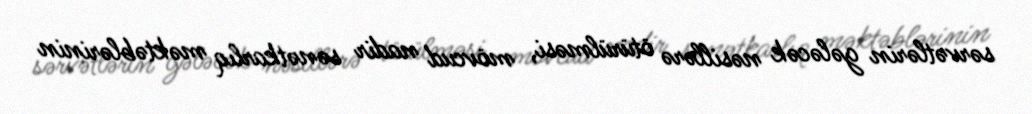
sərvətlərin gələcək nəsillərə ötürülməsi, mövcud nadir sənətkarlıq məktəblərinin